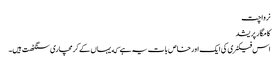
نرواچت
کامگار پریشد
اس فیکٹری کی ایک اور خاص بات یہ ہے که یہاں کے کرمچاری سنگٹھت ہیں۔